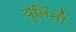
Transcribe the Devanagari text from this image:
युलिंती